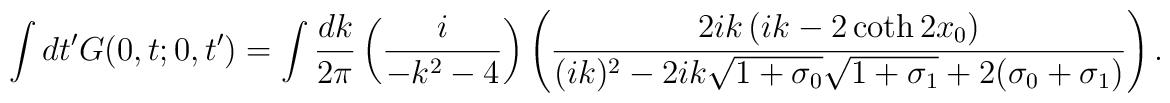
\int dt'G(0,t;0,t') =\int\frac{dk}{2\pi} \left(\frac{i}{-k^{2}-4}\right) \left(\frac{2ik\left(ik-2\coth 2x_{0}\right)}{(ik)^{2}-2ik\sqrt{1+\sigma_{0}}\sqrt{1+\sigma_{1}}+2(\sigma_{0}+\sigma_{1})}\right).